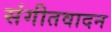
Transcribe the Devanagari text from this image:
संगीतवादन